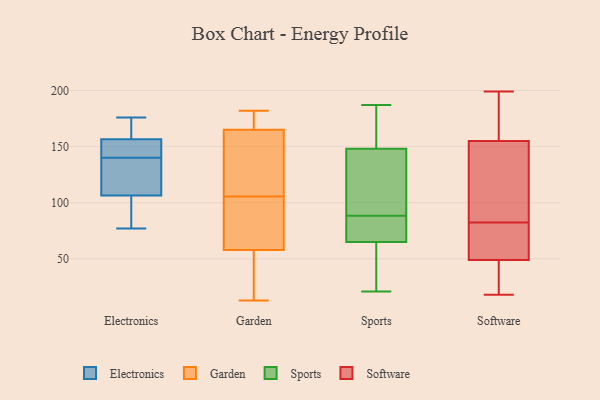
{"axis": {"x": "Headcount", "y": "Value"}, "legend": ["Electronics", "Garden", "Software", "Sports"], "data": [{"x": "", "y": 77, "type": "Electronics"}, {"x": "", "y": 106, "type": "Electronics"}, {"x": "", "y": 150, "type": "Electronics"}, {"x": "", "y": 107, "type": "Electronics"}, {"x": "", "y": 174, "type": "Electronics"}, {"x": "", "y": 176, "type": "Electronics"}, {"x": "", "y": 138, "type": "Electronics"}, {"x": "", "y": 162, "type": "Electronics"}, {"x": "", "y": 117, "type": "Electronics"}, {"x": "", "y": 101, "type": "Electronics"}, {"x": "", "y": 151, "type": "Electronics"}, {"x": "", "y": 142, "type": "Electronics"}, {"x": "", "y": 14, "type": "Garden"}, {"x": "", "y": 85, "type": "Garden"}, {"x": "", "y": 179, "type": "Garden"}, {"x": "", "y": 67, "type": "Garden"}, {"x": "", "y": 55, "type": "Garden"}, {"x": "", "y": 143, "type": "Garden"}, {"x": "", "y": 18, "type": "Garden"}, {"x": "", "y": 173, "type": "Garden"}, {"x": "", "y": 157, "type": "Garden"}, {"x": "", "y": 182, "type": "Garden"}, {"x": "", "y": 13, "type": "Garden"}, {"x": "", "y": 149, "type": "Garden"}, {"x": "", "y": 96, "type": "Garden"}, {"x": "", "y": 115, "type": "Garden"}, {"x": "", "y": 61, "type": "Garden"}, {"x": "", "y": 180, "type": "Garden"}, {"x": "", "y": 92, "type": "Sports"}, {"x": "", "y": 166, "type": "Sports"}, {"x": "", "y": 74, "type": "Sports"}, {"x": "", "y": 148, "type": "Sports"}, {"x": "", "y": 187, "type": "Sports"}, {"x": "", "y": 34, "type": "Sports"}, {"x": "", "y": 96, "type": "Sports"}, {"x": "", "y": 177, "type": "Sports"}, {"x": "", "y": 107, "type": "Sports"}, {"x": "", "y": 65, "type": "Sports"}, {"x": "", "y": 21, "type": "Sports"}, {"x": "", "y": 48, "type": "Sports"}, {"x": "", "y": 75, "type": "Sports"}, {"x": "", "y": 85, "type": "Sports"}, {"x": "", "y": 199, "type": "Software"}, {"x": "", "y": 190, "type": "Software"}, {"x": "", "y": 94, "type": "Software"}, {"x": "", "y": 59, "type": "Software"}, {"x": "", "y": 92, "type": "Software"}, {"x": "", "y": 39, "type": "Software"}, {"x": "", "y": 49, "type": "Software"}, {"x": "", "y": 18, "type": "Software"}, {"x": "", "y": 40, "type": "Software"}, {"x": "", "y": 145, "type": "Software"}, {"x": "", "y": 197, "type": "Software"}, {"x": "", "y": 56, "type": "Software"}, {"x": "", "y": 155, "type": "Software"}, {"x": "", "y": 42, "type": "Software"}, {"x": "", "y": 57, "type": "Software"}, {"x": "", "y": 95, "type": "Software"}, {"x": "", "y": 73, "type": "Software"}, {"x": "", "y": 161, "type": "Software"}]}